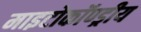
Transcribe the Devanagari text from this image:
माइटोकॉण्ड्रीय